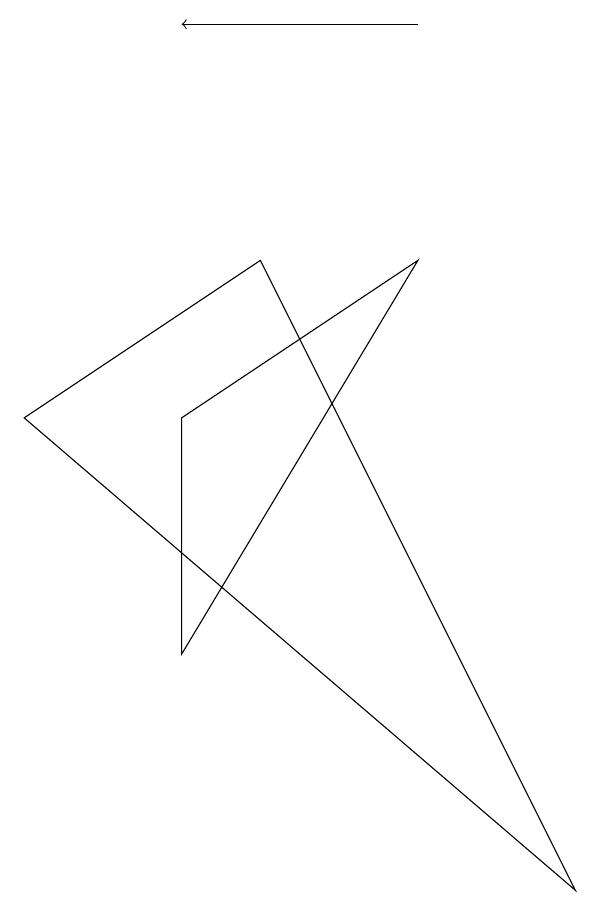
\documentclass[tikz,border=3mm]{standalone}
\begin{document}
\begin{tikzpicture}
\draw (0,6) -- (3,8) -- (7,0) -- cycle;
\draw[->] (5,11) -- (2,11);
\draw (2,6) -- (5,8) -- (2,3) -- cycle;
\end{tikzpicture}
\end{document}